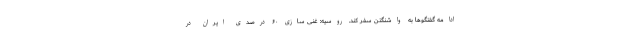
ادامه گفتگوها به واشنگتن سفر کند. روسیه: غنی سازی ۶۰ درصدی ایران در